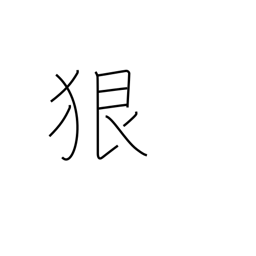
Meaning: severely